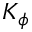
K _ { \phi }